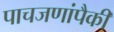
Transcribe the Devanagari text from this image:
पाचजणांपैकी